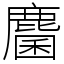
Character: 麕